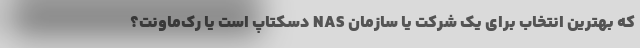
که بهترین انتخاب برای یک شرکت یا سازمان NAS دسکتاپ است یا رک‌ماونت؟